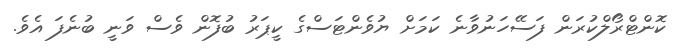
ކޮންޓްރޯލްކުރަން ފަސޭހަނުވާނެ ކަމަށް ޔުވެންޓަސްގެ ކީޕަރު ބުފޮން ވެސް ވަނީ ބުނެފަ އެވެ.